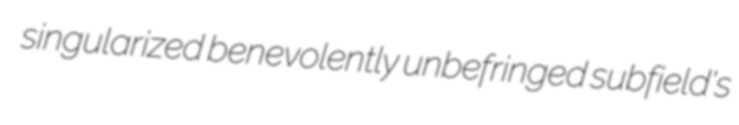
singularized benevolently unbefringed subfield's